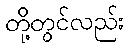
တို့တွင်လည်း